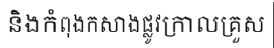
និងកំពុងកសាងផ្លូវក្រាលគ្រួស